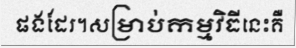
ផងដែរ។សម្រាប់កម្មវិធីនេះគឺ